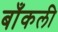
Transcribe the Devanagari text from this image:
बाँकली